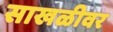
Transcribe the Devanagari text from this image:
साखळीवर